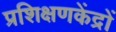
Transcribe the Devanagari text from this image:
प्रशिक्षणकेंद्रों